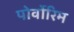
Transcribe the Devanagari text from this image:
पोर्वोरिम